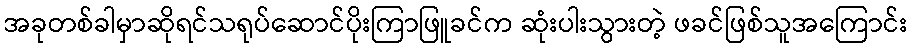
အခုတစ်ခါမှာဆိုရင်သရုပ်ဆောင်ပိုးကြာဖြူခင်က ဆုံးပါးသွားတဲ့ ဖခင်ဖြစ်သူအကြောင်း